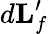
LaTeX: d\mathbf{L}_{f}^{\prime}